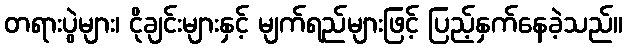
တရားပွဲများ၊ ငိုချင်းများနှင့် မျက်ရည်များဖြင့် ပြည့်နှက်နေခဲ့သည်။